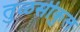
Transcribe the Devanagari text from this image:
तुळसीकुल